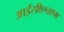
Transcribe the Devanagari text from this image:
आईसीएचएम